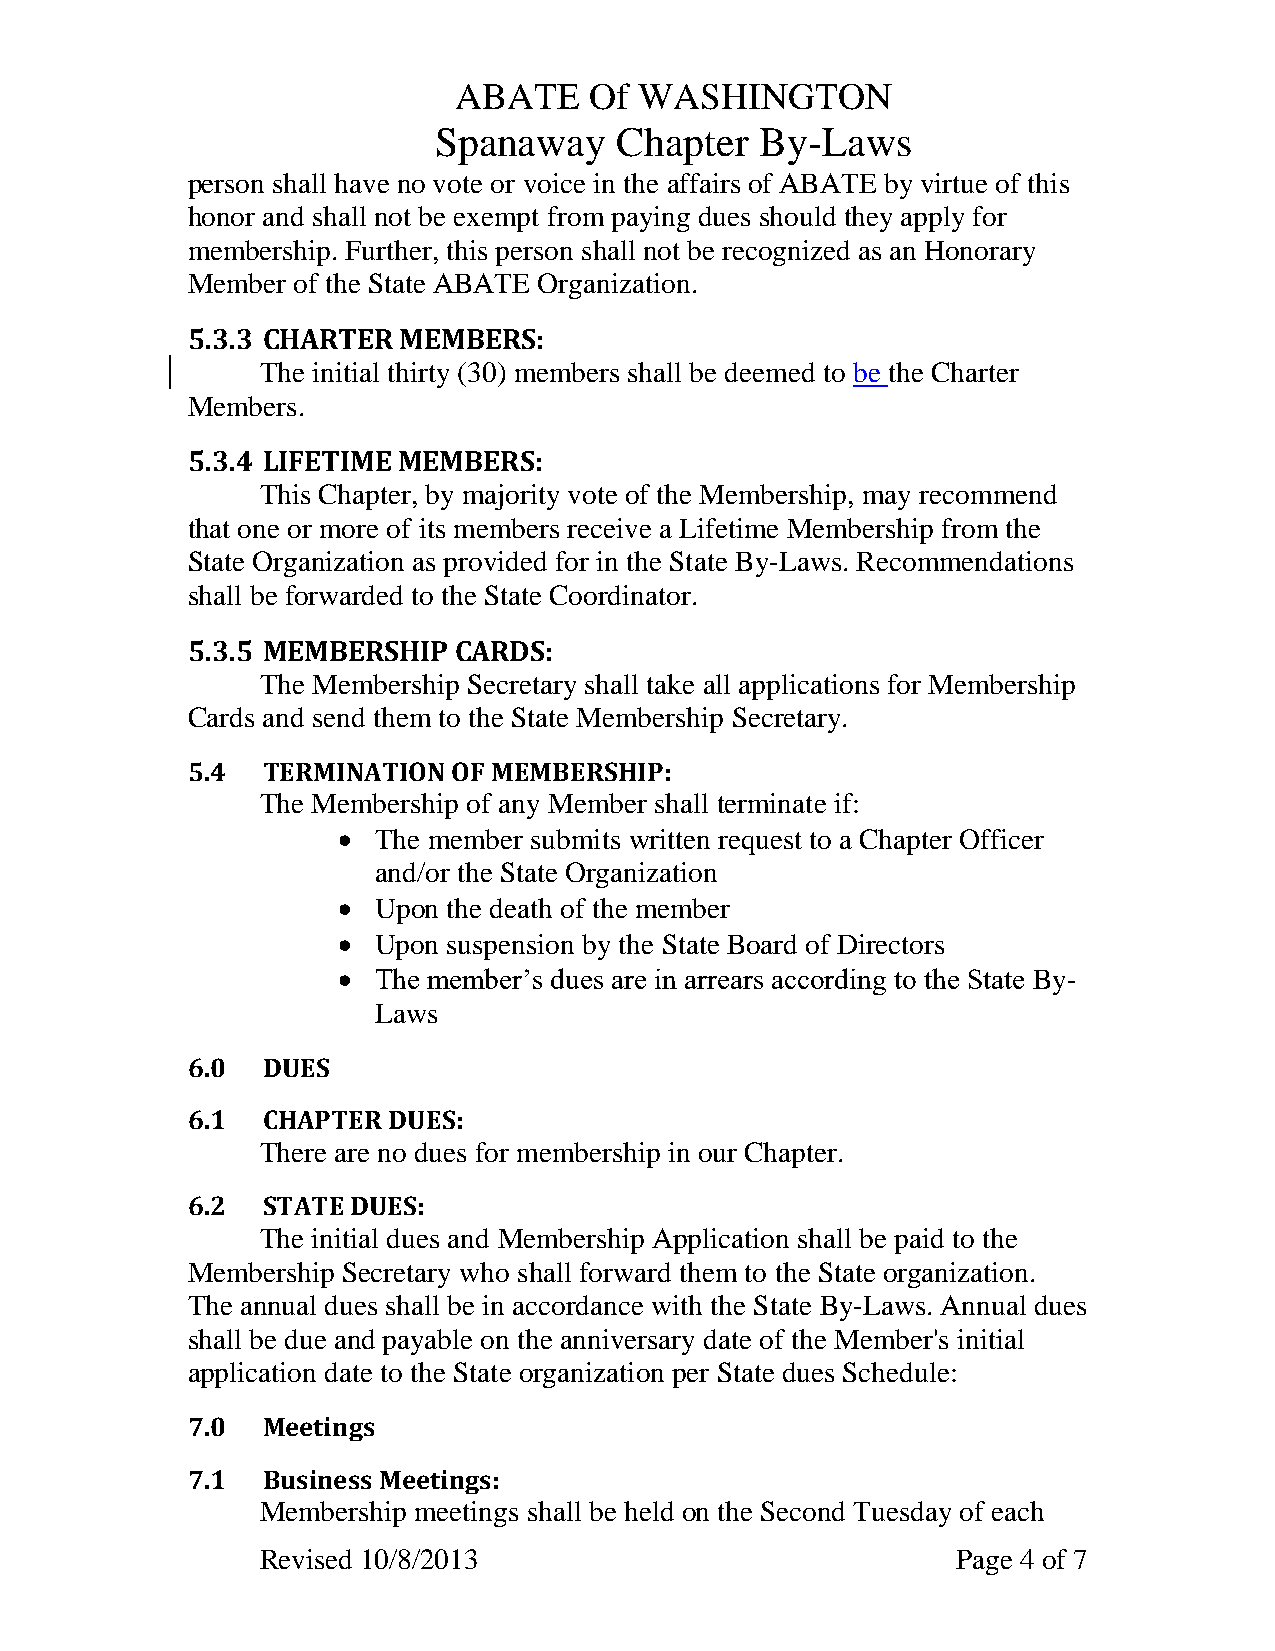
ABATE    Of WASHINGTON
 Spanaway    Chapter  By-Laws
 person shall have no vote or voice in the affairs of ABATE by virtue of this
 honor and shall not be exempt from paying dues should they apply for
 membership. Further, this person shall not be recognized as an Honorary
 Member of the State ABATE Organization.
 5.3.3 CHARTER MEMBERS:
 The initial thirty (30) members shall be deemed to be the Charter
 Members.
 5.3.4 LIFETIME MEMBERS:
 This Chapter, by majority vote of the Membership, may recommend
 that one or more of its members receive a Lifetime Membership from the
 State Organization as provided for in the State By-Laws. Recommendations
 shall be forwarded to the State Coordinator.
 5.3.5 MEMBERSHIP  CARDS:
 The Membership Secretary shall take all applications for Membership
 Cards and send them to the State Membership Secretary.
 5.4  TERMINATION  OF MEMBERSHIP:
 The Membership of any Member shall terminate if:
   The member submits written request to a Chapter Officer
 and/or the State Organization
   Upon the death of the member
   Upon suspension by the State Board of Directors
   The member’s dues are in arrears according to the State By-
 Laws
 6.0  DUES
 6.1  CHAPTER  DUES:
 There are no dues for membership in our Chapter.
 6.2  STATE DUES:
 The initial dues and Membership Application shall be paid to the
 Membership Secretary who shall forward them to the State organization.
 The annual dues shall be in accordance with the State By-Laws. Annual dues
 shall be due and payable on the anniversary date of the Member's initial
 application date to the State organization per State dues Schedule:
 7.0  Meetings
 7.1  Business Meetings:
 Membership meetings shall be held on the Second Tuesday of each
 Revised 10/8/2013                             Page 4 of 7